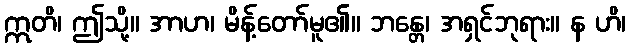
ဣတိ၊ ဤသို့။ အာဟ၊ မိန့်တော်မူ၏။ ဘန္တေ၊ အရှင်ဘုရား။ န ဟိ၊